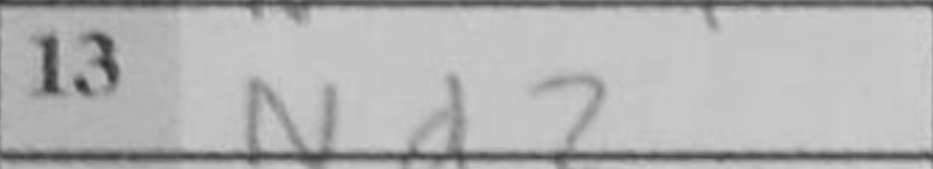
Transcription: Nd2